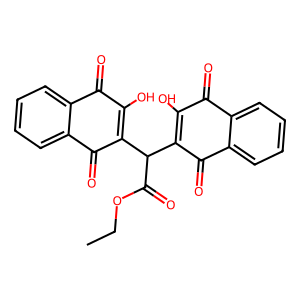
SMILES: CCOC(=O)C(C1=C(O)C(=O)c2ccccc2C1=O)C1=C(O)C(=O)c2ccccc2C1=O
Inhibits HIV replication: No